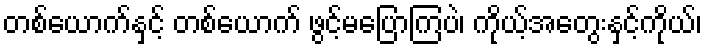
တစ်ယောက်နှင့် တစ်ယောက် ဖွင့်မပြောကြပဲ၊ ကိုယ့်အတွေးနှင့်ကိုယ်၊